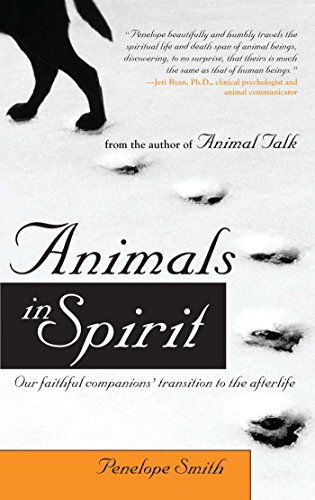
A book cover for Animals in Spirit: Our faithful companions' transition to the afterlife; Penelope Smith; Crafts, Hobbies & Home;